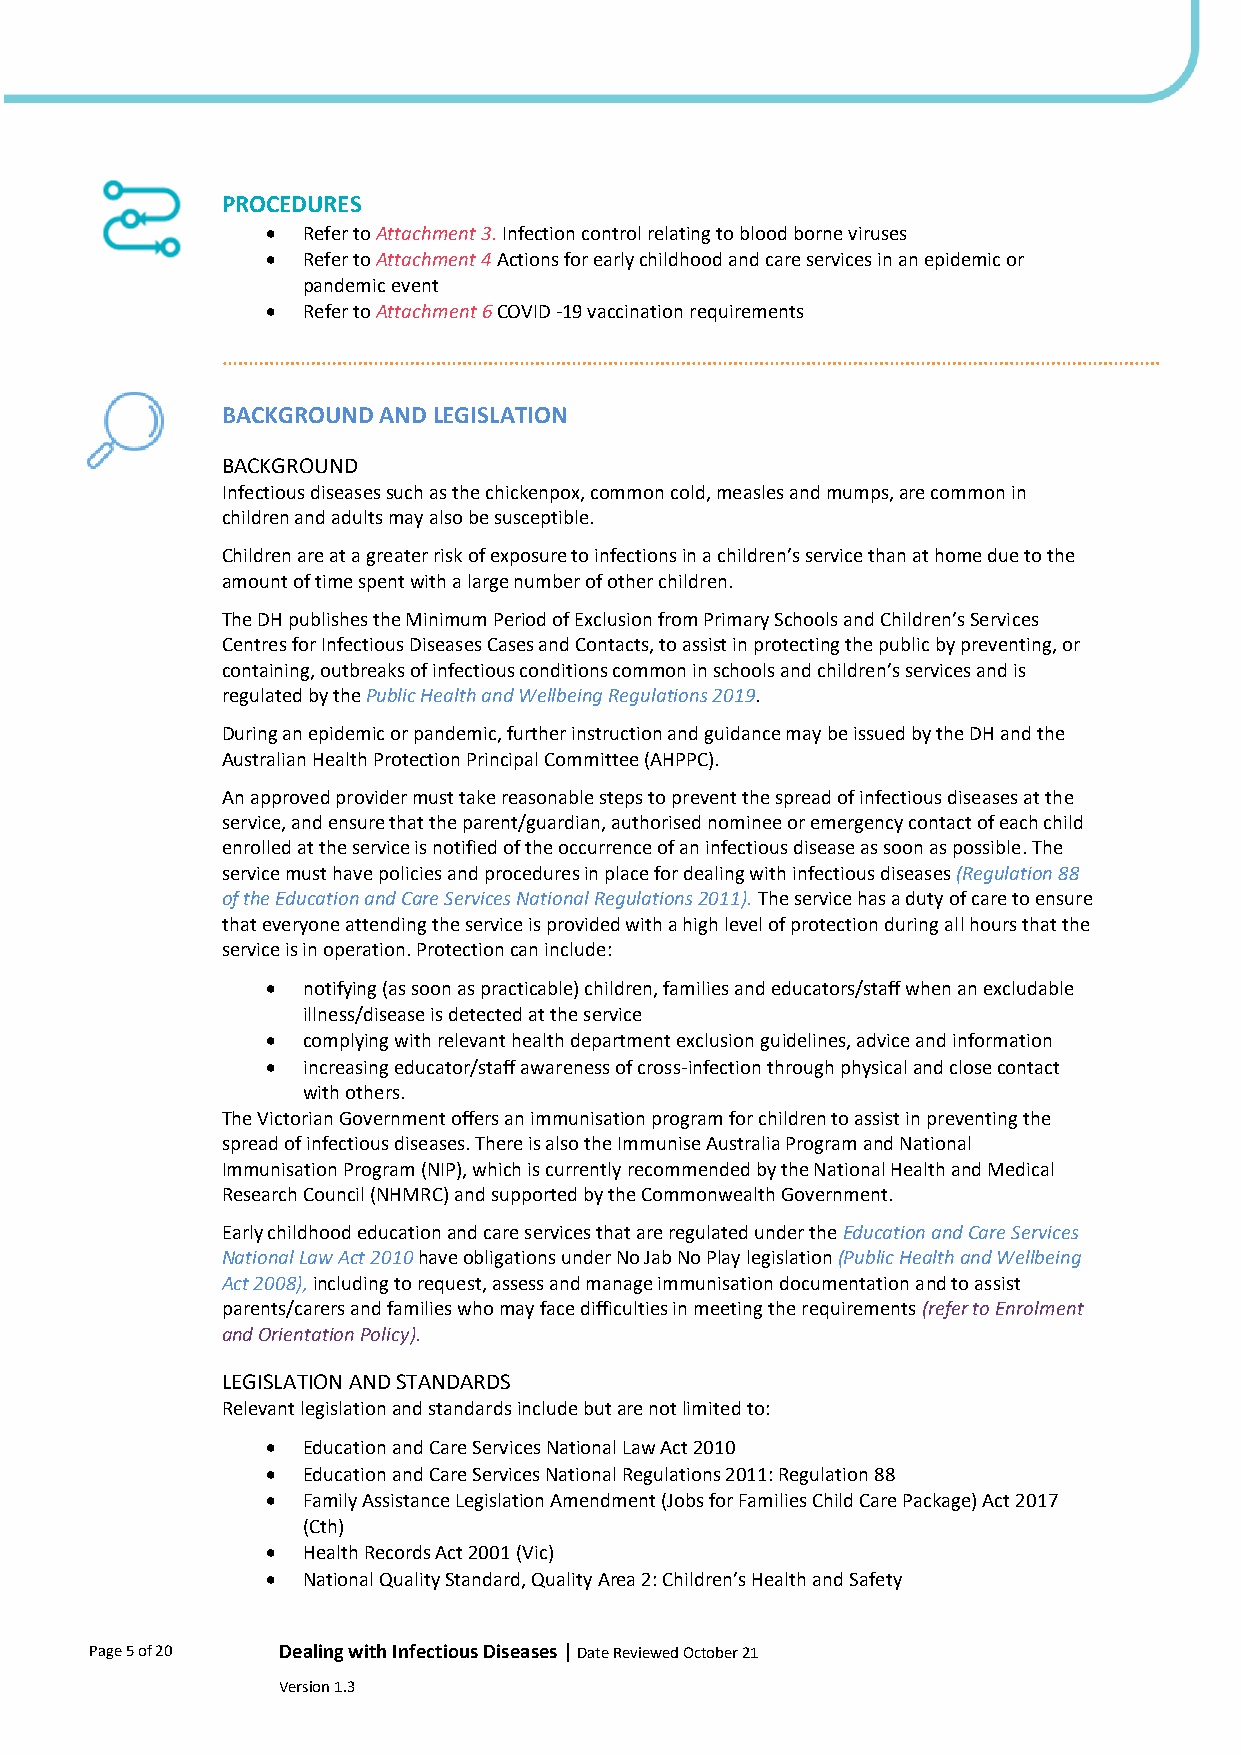
PROCEDURES
 • Refer to Attachment 3. Infection control relating to blood borne viruses
 • Refer to Attachment 4 Actions for early childhood and care services in an epidemic or
 pandemic event
 • Refer to Attachment 6 COVID -19 vaccination requirements
 BACKGROUND AND LEGISLATION
 BACKGROUND
 Infectious diseases such as the chickenpox, common cold, measles and mumps, are common in
 children and adults may also be susceptible.
 Children are at a greater risk of exposure to infections in a children’s service than at home due to the
 amount of time spent with a large number of other children.
 The DH publishes the Minimum Period of Exclusion from Primary Schools and Children’s Services
 Centres for Infectious Diseases Cases and Contacts, to assist in protecting the public by preventing, or
 containing, outbreaks of infectious conditions common in schools and children’s services and is
 regulated by the Public Health and Wellbeing Regulations 2019.
 During an epidemic or pandemic, further instruction and guidance may be issued by the DH and the
 Australian Health Protection Principal Committee (AHPPC).
 An approved provider must take reasonable steps to prevent the spread of infectious diseases at the
 service, and ensure that the parent/guardian, authorised nominee or emergency contact of each child
 enrolled at the service is notified of the occurrence of an infectious disease as soon as possible. The
 service must have policies and procedures in place for dealing with infectious diseases (Regulation 88
 of the Education and Care Services National Regulations 2011). The service has a duty of care to ensure
 that everyone attending the service is provided with a high level of protection during all hours that the
 service is in operation. Protection can include:
 • notifying (as soon as practicable) children, families and educators/staff when an excludable
 illness/disease is detected at the service
 • complying with relevant health department exclusion guidelines, advice and information
 • increasing educator/staff awareness of cross-infection through physical and close contact
 with others.
 The Victorian Government offers an immunisation program for children to assist in preventing the
 spread of infectious diseases. There is also the Immunise Australia Program and National
 Immunisation Program (NIP), which is currently recommended by the National Health and Medical
 Research Council (NHMRC) and supported by the Commonwealth Government.
 Early childhood education and care services that are regulated under the Education and Care Services
 National Law Act 2010 have obligations under No Jab No Play legislation (Public Health and Wellbeing
 Act 2008), including to request, assess and manage immunisation documentation and to assist
 parents/carers and families who may face difficulties in meeting the requirements (refer to Enrolment
 and Orientation Policy).
 LEGISLATION AND STANDARDS
 Relevant legislation and standards include but are not limited to:
 • Education and Care Services National Law Act 2010
 • Education and Care Services National Regulations 2011: Regulation 88
 • Family Assistance Legislation Amendment (Jobs for Families Child Care Package) Act 2017
 (Cth)
 • Health Records Act 2001 (Vic)
 • National Quality Standard, Quality Area 2: Children’s Health and Safety
 Page 5 of 20 Dealing with Infectious Diseases | Date Reviewed October 21
 Version 1.3